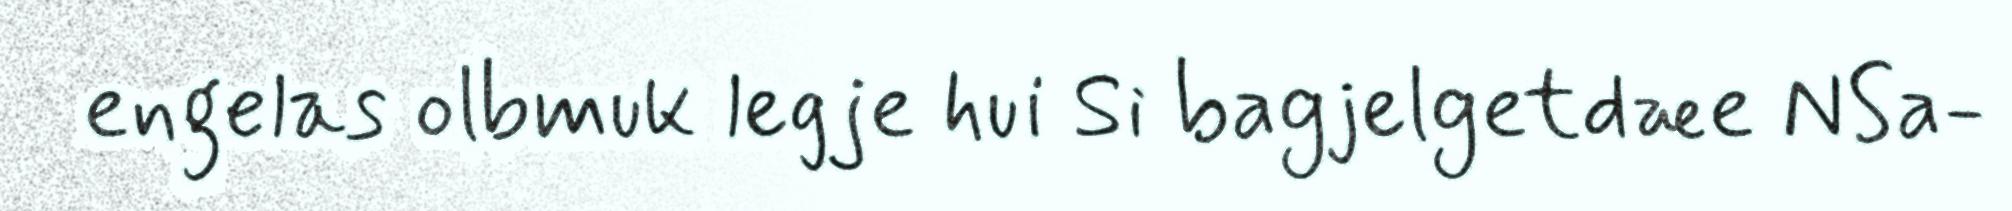
engelas olbmuk legje hui Si bagjelgetdæe NSa-